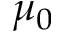
\mu _ { 0 }